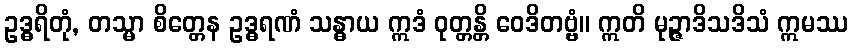
ဥဒ္ဓရိတုံ, တသ္မာ စိတ္တေန ဥဒ္ဓရဏံ သန္ဓာယ ဣဒံ ဝုတ္တန္တိ ဝေဒိတဗ္ဗံ။ ဣတိ မုဉ္ဇာဒိသဒိသံ ဣမဿ